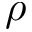
\rho